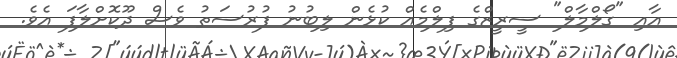
އާއި "ގޯލްމާލް" ސީރީޒްގެ ފިލްމެއް ކުޅެން ލިބުނު ފުރުސަތު ވެސް ދޫކޮށްލާފަ އެވެ.